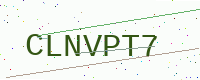
Text: CLNVPT7